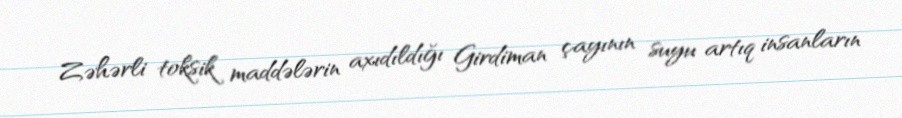
Zəhərli toksik maddələrin axıdıldığı Girdiman çayının suyu artıq insanların